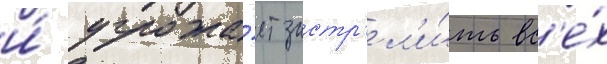
и́ угрожа́ет застр'ел'и́ть вс'е́х